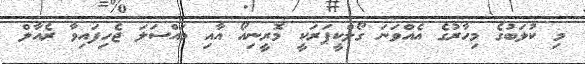
މި ކުލަބުގެ މިހާރުގެ އެއްވަނަ ގޯލްކީޕަރަކީ މޮރީނިއޯ އާއި މައްސަލަ ޖެހިފައިވާ ރެއާލް